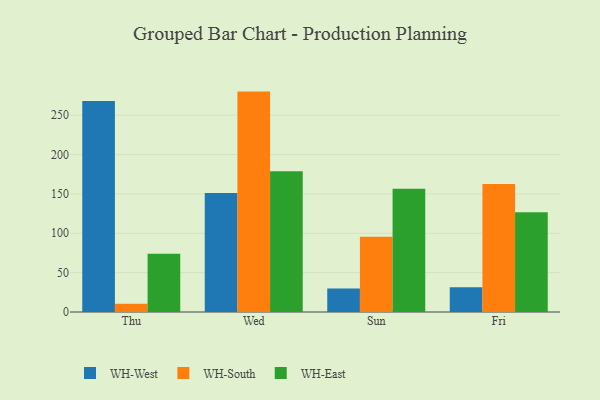
{"axis": {"x": "Day", "y": "Temperature (°C)"}, "legend": ["WH-East", "WH-South", "WH-West"], "data": [{"x": "Thu", "y": 268.2, "type": "WH-West"}, {"x": "Thu", "y": 10.5, "type": "WH-South"}, {"x": "Thu", "y": 74.0, "type": "WH-East"}, {"x": "Wed", "y": 151.3, "type": "WH-West"}, {"x": "Wed", "y": 280.0, "type": "WH-South"}, {"x": "Wed", "y": 178.8, "type": "WH-East"}, {"x": "Sun", "y": 29.8, "type": "WH-West"}, {"x": "Sun", "y": 95.7, "type": "WH-South"}, {"x": "Sun", "y": 156.6, "type": "WH-East"}, {"x": "Fri", "y": 31.5, "type": "WH-West"}, {"x": "Fri", "y": 162.6, "type": "WH-South"}, {"x": "Fri", "y": 126.7, "type": "WH-East"}]}